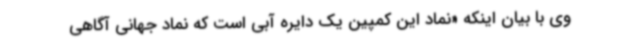
وی با بیان اینکه «نماد این کمپین یک دایره آبی است که نماد جهانی آگاهی